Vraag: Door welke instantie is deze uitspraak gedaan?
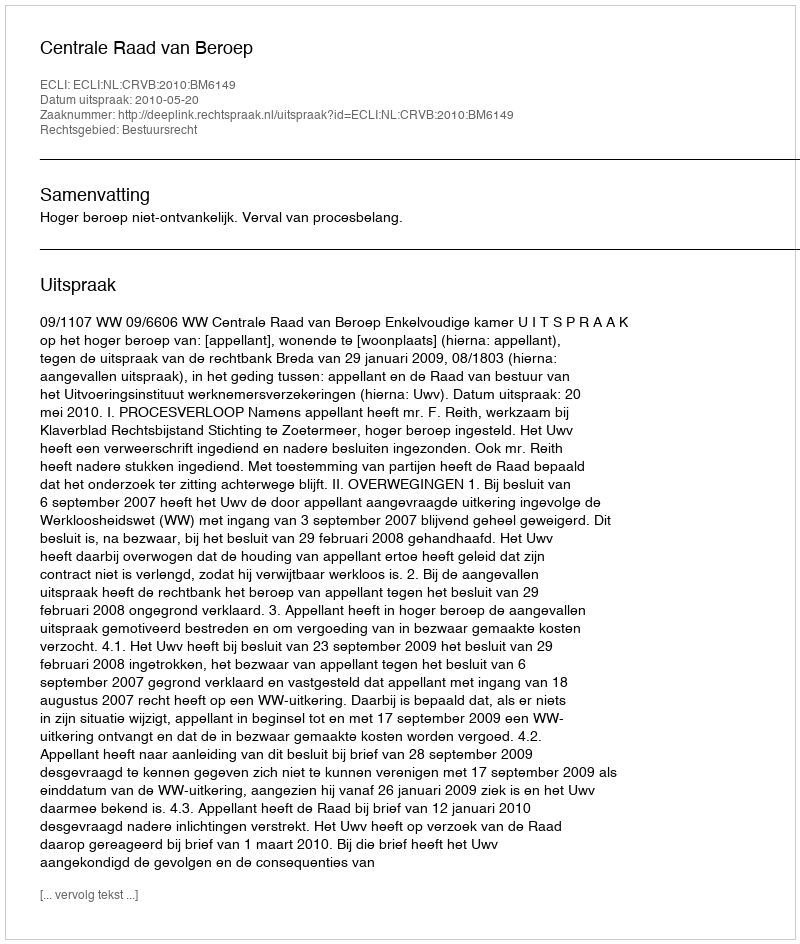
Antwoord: Centrale Raad van Beroep